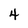
Character: 4